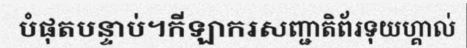
បំផុតបន្ទាប់។កីឡាករសញ្ជាតិព័រទុយហ្គាល់